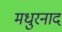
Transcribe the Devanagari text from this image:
मधुरनाद